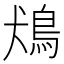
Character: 𩿛